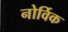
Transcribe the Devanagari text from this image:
नोर्विक